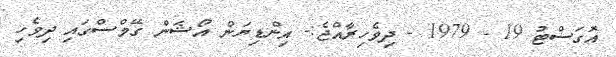
އޮގަސްޓު 19 - 1979 - ދިވެހިރާއްޖެ:- އިންޑިޔަން އޯޝަން ގޭމްސްގައި ދިވެހި